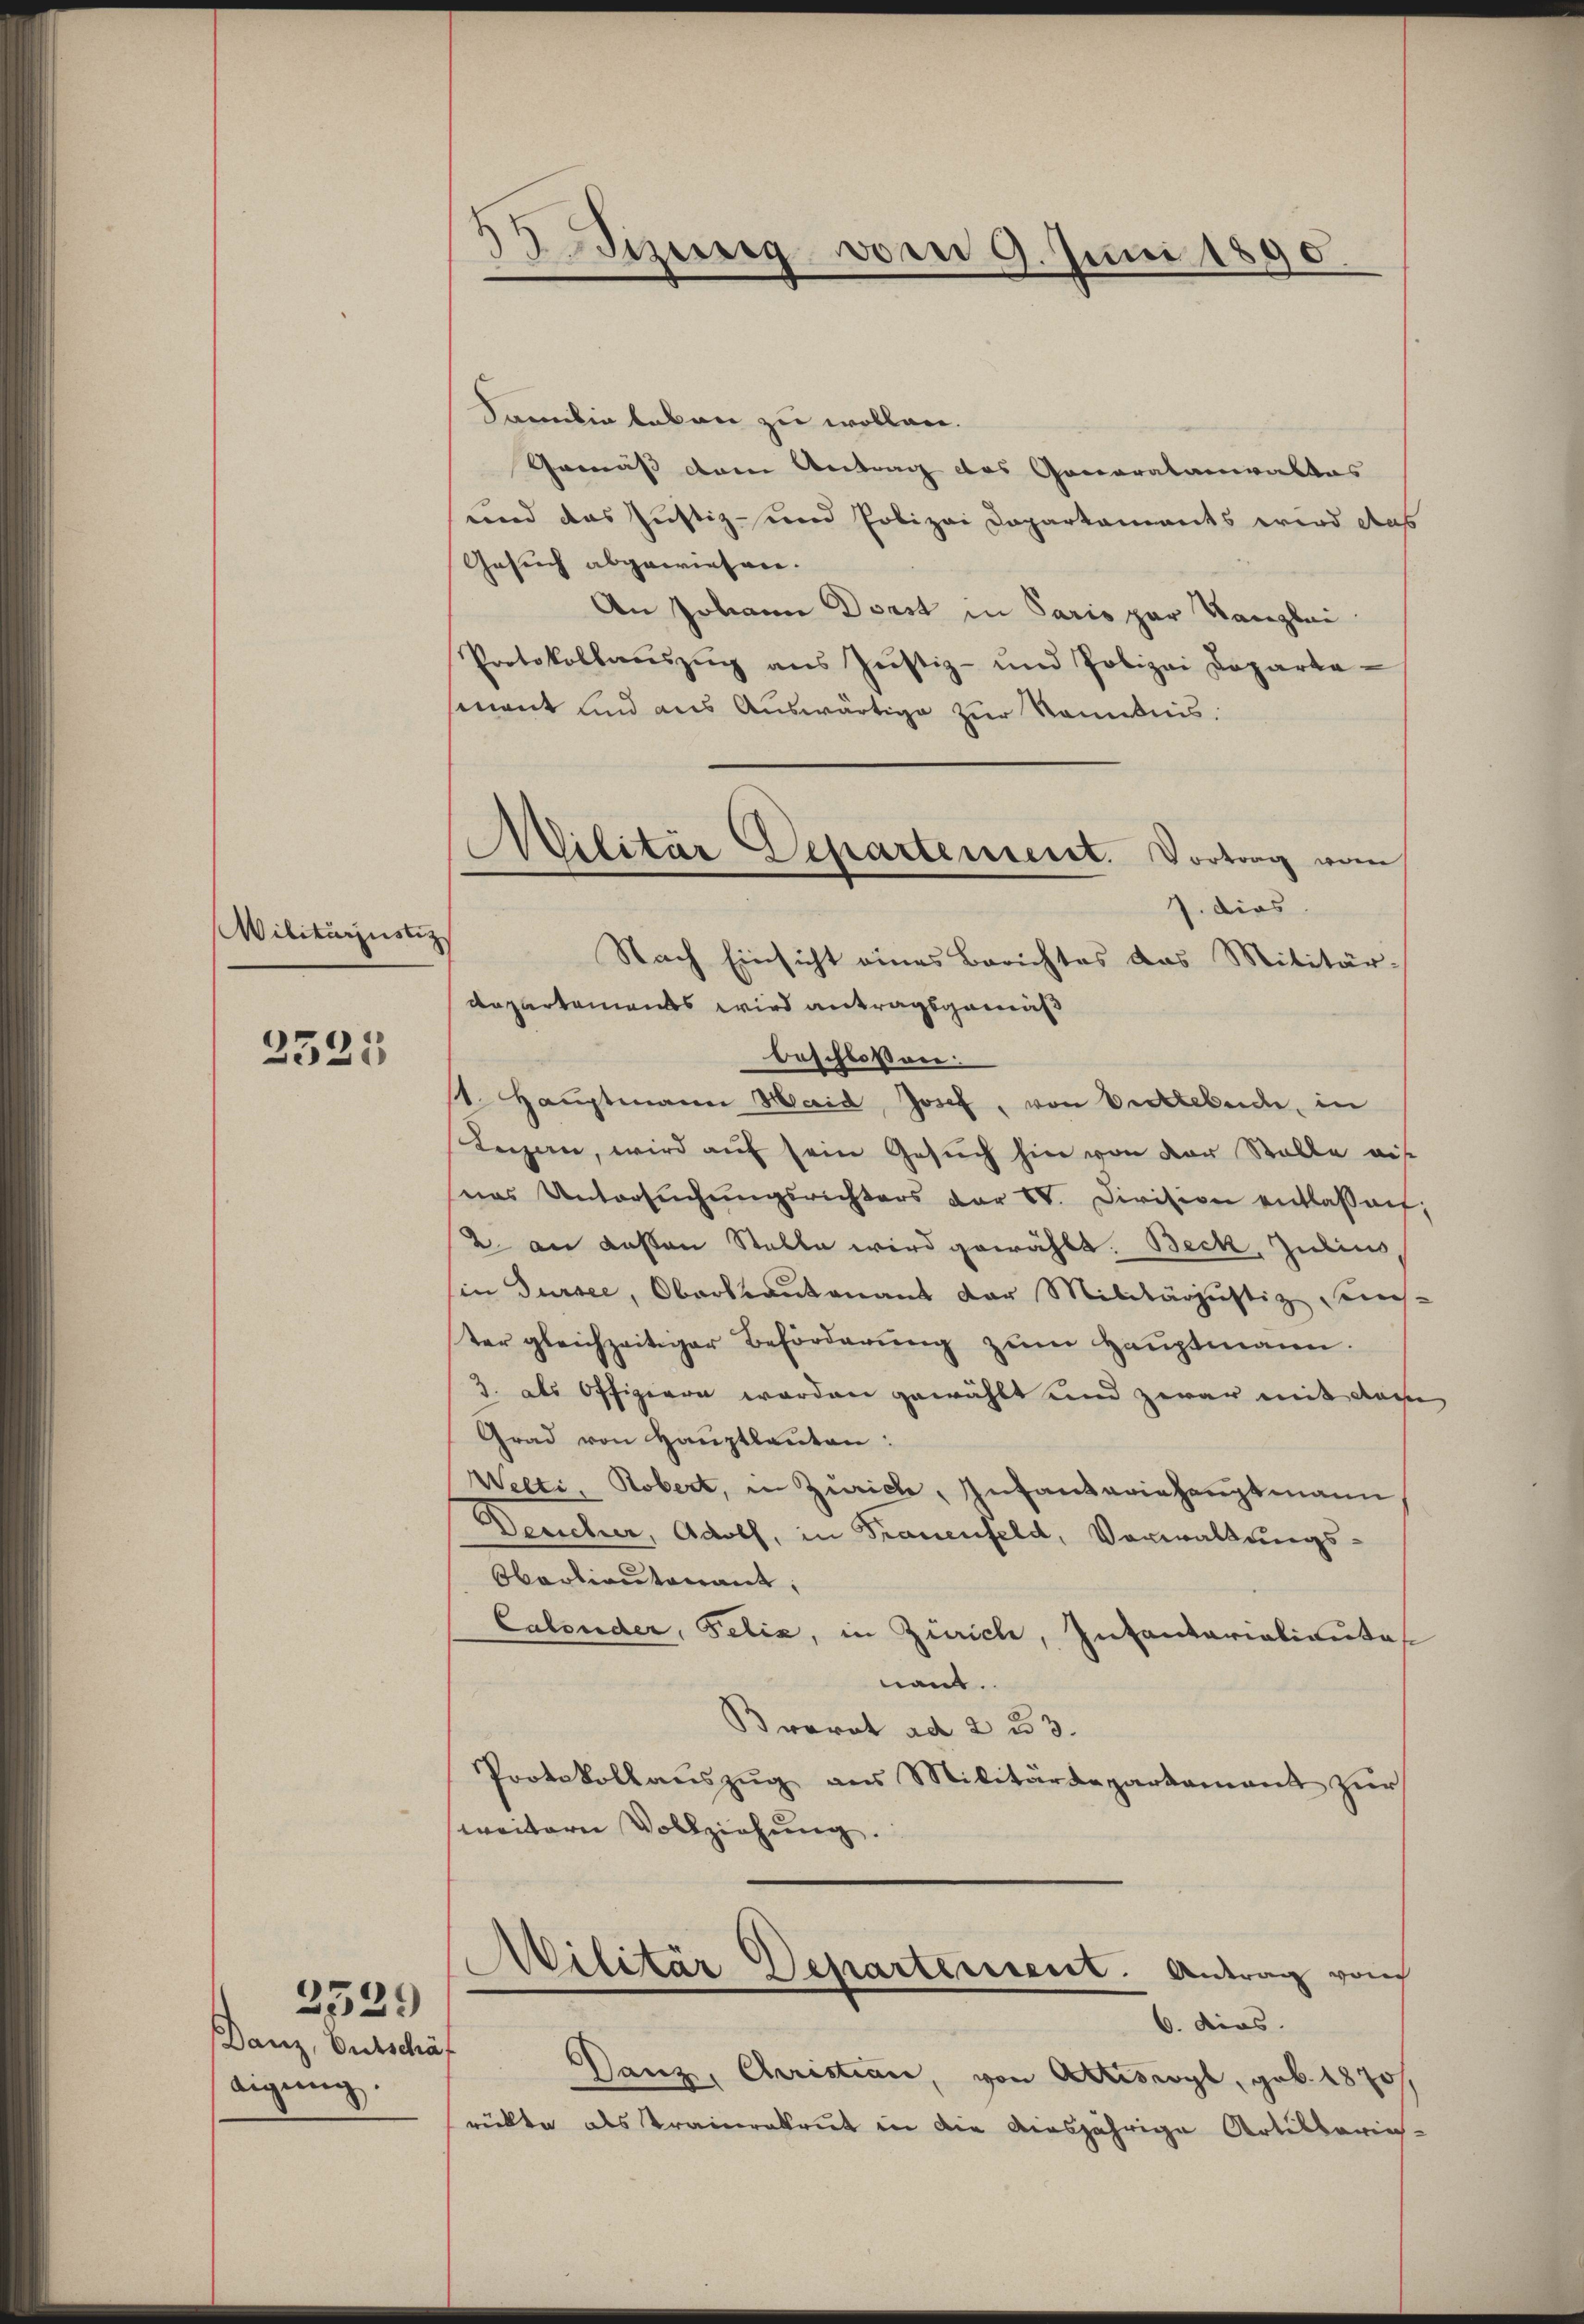
Militärzuste

2525

Danz, Entschäf
digung.

2529

3Sezung vom 9. Juni 1890.

Militär Departement. Vortrag vom
1. dies
d
Nach Einsicht eines Berichtes das Militär-

Samilie leben zu wollen.
Gemäß dem Antrag des Generalamiraltas
und das Justiz- und Polizei Daparkaments wird das
Gesuch abgewiesen.
An Johann Dorst in Paris par Kanzlei
Protokollaŭszŭg ans Justiz- und Polizei Departa-
mant und aus Auswärtige zur Kenntnis.
Repartaments wird antragsgemäß
beschloßene
1. Haŭptmann Haid, Josef, von Verlebende, in
Legen, wird auf sein Gesuch hin von der Stalle auf
was Untersŭchŭngsrichters dar IV. Division entlassen;
2 an dessen Stelle wird gewählt. Beck, Julius,
in Dursee, Oberkrautenaus der Militärjustiz sons-
ter gleichzeitiger Beförderung zum Hauptmann.
3. als Offigiren worden gewählt und zwar mit das
Grad von Haŭptlauten:
Welti, Robert, in Zürich, Infanteriehauptmann
Deucher, Adolf, in Trauenfeld, Vorwaltungs¬
Obarlieutenant,
Calruder, Felix, in Zürich, Intantarialientas
nant.
Brorat ad 233.
Protokollaŭszŭg aŭs Militärdepartamant zŭr
weitern Vollziehung.
ilitär Departement. Antrag von
6. dies
Danz, Christian, von Attiswyl, geb. 1870/
rükte als Kramerakrut in die diesjährige Artillaries-